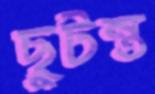
ছুটন্ত